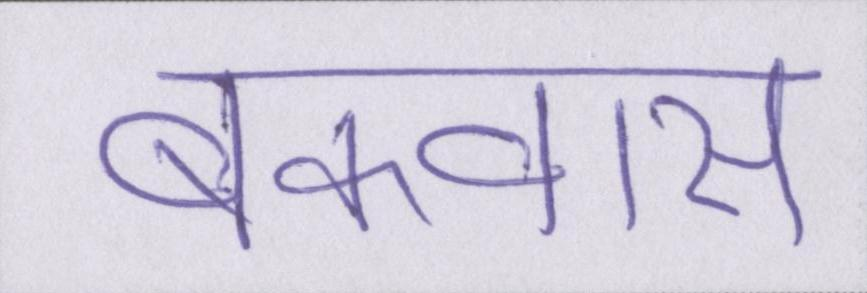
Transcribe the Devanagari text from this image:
बकवास